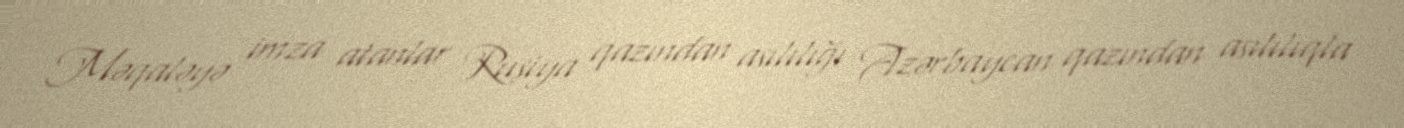
Məqaləyə imza atanlar Rusiya qazından asılılığı Azərbaycan qazından asılılıqla